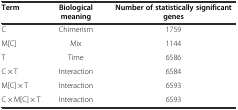
| Term | Biological meaning | Number of statistically significant genes |
 | --- | --- | --- |
 | C | Chimerism | 1759 |
 | M[C] | Mix | 1144 |
 | T | Time | 6586 |
 | C × T | Interaction | 6584 |
 | M[C] × T | Interaction | 6593 |
 | C × M[C] × T | Interaction | 6593 |